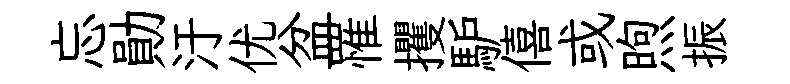
忘勛汙优盆罹攫馿僖或煦振